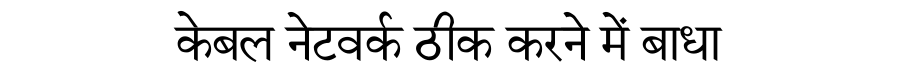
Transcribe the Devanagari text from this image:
केबल नेटवर्क ठीक करने में बाधा